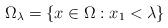
LaTeX: \begin{align*}\Omega_\lambda=\{x\in \Omega:x_1 <\lambda\}\end{align*}